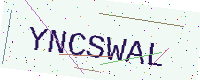
Text: YNCSWAL